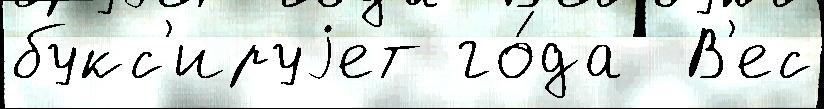
букс'ируjет го́да  В'ес